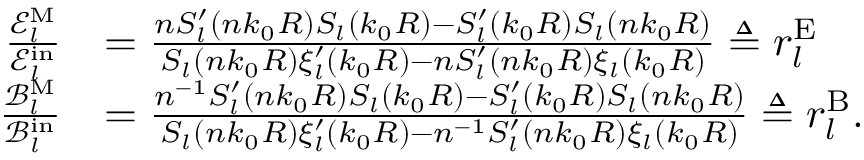
\begin{array} { r l } { \frac { \mathcal { E } _ { l } ^ { \mathrm { M } } } { \mathcal { E } _ { l } ^ { \mathrm { i n } } } } & { = \frac { n S _ { l } ^ { \prime } ( n k _ { 0 } R ) S _ { l } ( k _ { 0 } R ) - S _ { l } ^ { \prime } ( k _ { 0 } R ) S _ { l } ( n k _ { 0 } R ) } { S _ { l } ( n k _ { 0 } R ) \xi _ { l } ^ { \prime } ( k _ { 0 } R ) - n S _ { l } ^ { \prime } ( n k _ { 0 } R ) \xi _ { l } ( k _ { 0 } R ) } \triangleq r _ { l } ^ { \mathrm { E } } } \\ { \frac { \mathcal { B } _ { l } ^ { \mathrm { M } } } { \mathcal { B } _ { l } ^ { \mathrm { i n } } } } & { = \frac { n ^ { - 1 } S _ { l } ^ { \prime } ( n k _ { 0 } R ) S _ { l } ( k _ { 0 } R ) - S _ { l } ^ { \prime } ( k _ { 0 } R ) S _ { l } ( n k _ { 0 } R ) } { S _ { l } ( n k _ { 0 } R ) \xi _ { l } ^ { \prime } ( k _ { 0 } R ) - n ^ { - 1 } S _ { l } ^ { \prime } ( n k _ { 0 } R ) \xi _ { l } ( k _ { 0 } R ) } \triangleq r _ { l } ^ { \mathrm { B } } . } \end{array}